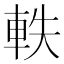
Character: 軼